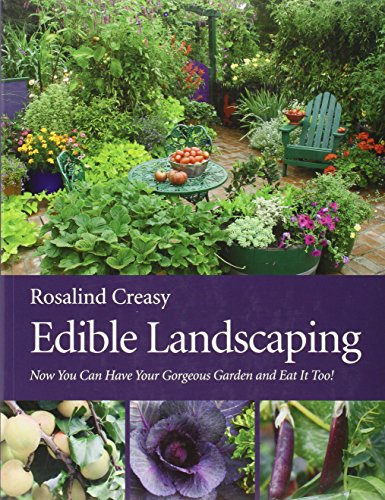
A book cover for Edible Landscaping; Crafts, Hobbies & Home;